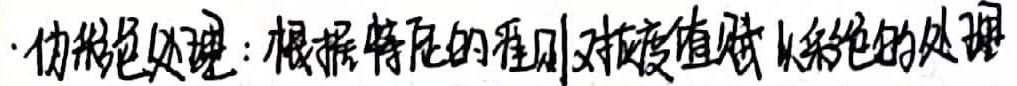
· 伪彩色处理：根据特定的准则对灰度值赋以彩色的处理